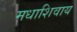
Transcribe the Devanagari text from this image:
मधाशिवाय